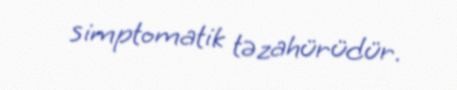
simptomatik təzahürüdür.